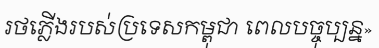
រថភ្លើងរបស់ប្រទេសកម្ពុជា ពេលបច្ចុប្បន្ន»